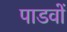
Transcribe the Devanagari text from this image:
पाडवों